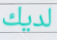
لديك